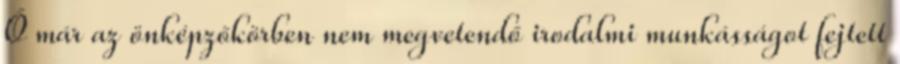
Ő már az önképzőkörben nem megvetendő irodalmi munkásságot fejtett